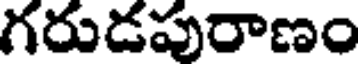
గరుడపురాణం